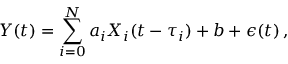
Y ( t ) = \sum _ { i = 0 } ^ { N } a _ { i } X _ { i } ( t - \tau _ { i } ) + b + \epsilon ( t ) \, ,